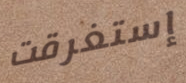
إستغرقت